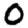
Digit: 0